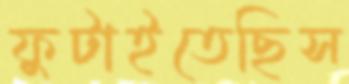
ফুটাইতেছিস